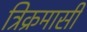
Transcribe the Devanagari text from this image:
त्रिक्रमासी